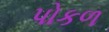
પોકળ